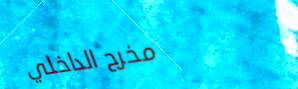
مخرج الداخلي